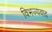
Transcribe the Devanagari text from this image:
विभज्यवाद